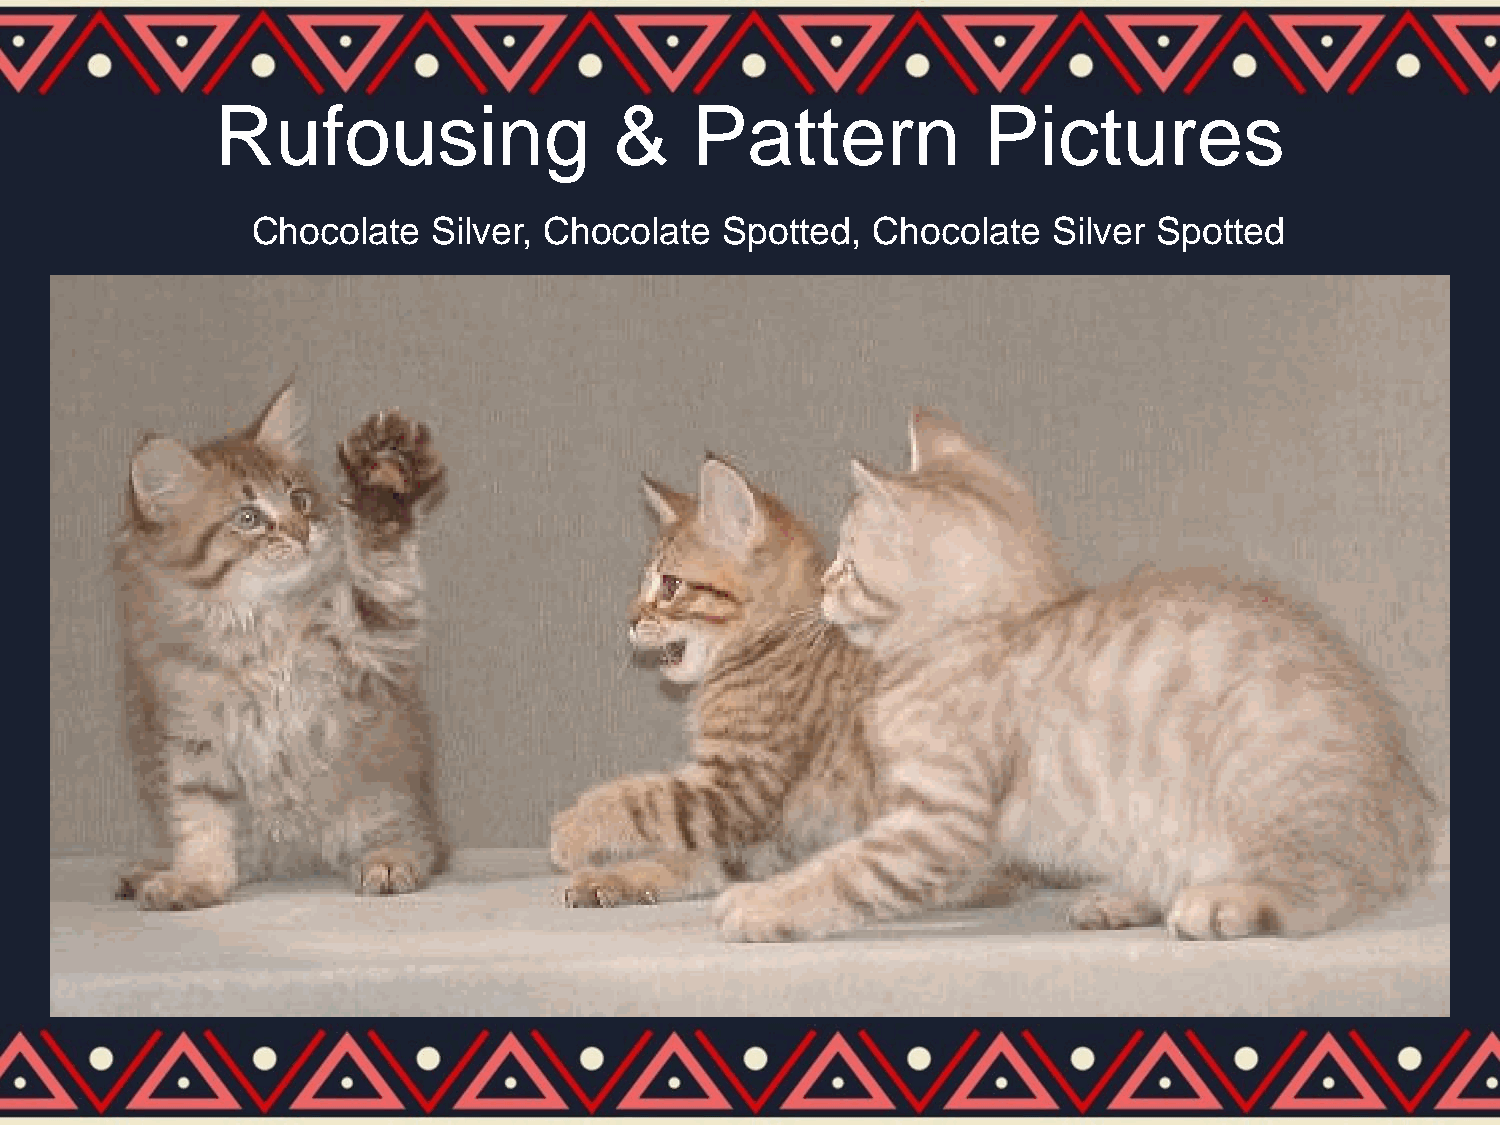
Rufousing                  &    Pattern            Pictures
 Chocolate   Silver, Chocolate  Spotted,  Chocolate   Silver Spotted